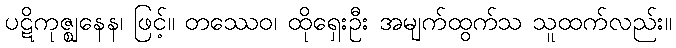
ပဋိကုဇ္ဈနေန၊ ဖြင့်။ တဿေဝ၊ ထိုရှေးဦး အမျက်ထွက်သ သူထက်လည်း။